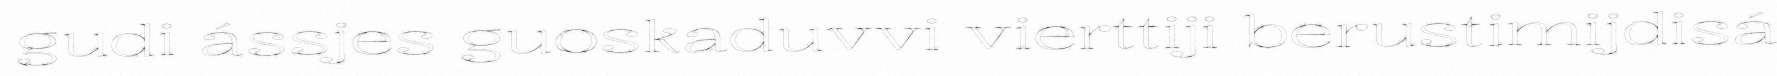
gudi ássjes guoskaduvvi vierttiji berustimijdisá